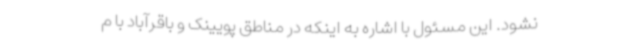
نشود. این مسئول با اشاره به اینکه در مناطق پویینک و باقرآباد با م